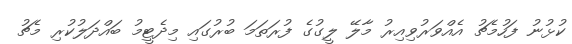
ކުޅުނު ފަހުމެޗު އެއްވަރުވިއިރު މާލޭ ލީގުގެ ފުރަތަމަ ބުރުގައި މިދެޓީމު ބައްދަލުކުރި މެޗު